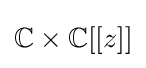
\mathbb {C} \times \mathbb {C} [[z]]